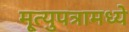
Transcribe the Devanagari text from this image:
मृ्त्युपत्रामध्ये